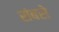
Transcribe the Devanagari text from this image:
संबसे